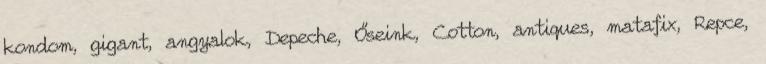
kondom, gigant, angyalok, Depeche, Őseink, Cotton, antiques, matafix, Repce,